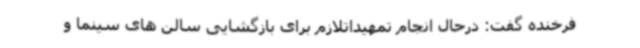
فرخنده گفت: درحال انجام تمهیداتلازم برای بازگشایی سالن های سینما و